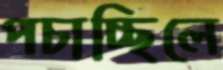
পচাচ্ছিলে